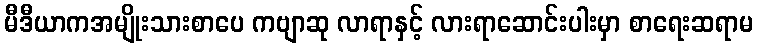
မီဒီယာကအမျိုးသားစာပေ ကဗျာဆု လာရာနှင့် လားရာဆောင်းပါးမှာ စာရေးဆရာမ